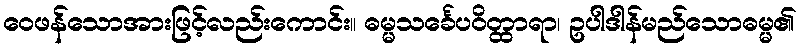
ဝေဖန်သောအားဖြင့်လည်းကောင်း။ ဓမ္မသင်္ခေပဝိတ္ထာရာ၊ ဥပါဒါန်မည်သောဓမ္မ၏